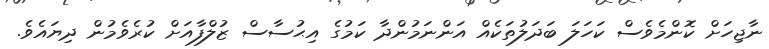
ނާޖިހަށް ކޮންމެވެސް ކަހަލަ ބަދަލުތަކެއް އަންނަމުންދާ ކަމުގެ އިޙުސާސް ޒުލްފާއަށް ކުރެވެމުން ދިޔައެވެ.